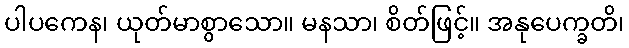
ပါပကေန၊ ယုတ်မာစွာသော။ မနသာ၊ စိတ်ဖြင့်။ အနုပေက္ခတိ၊